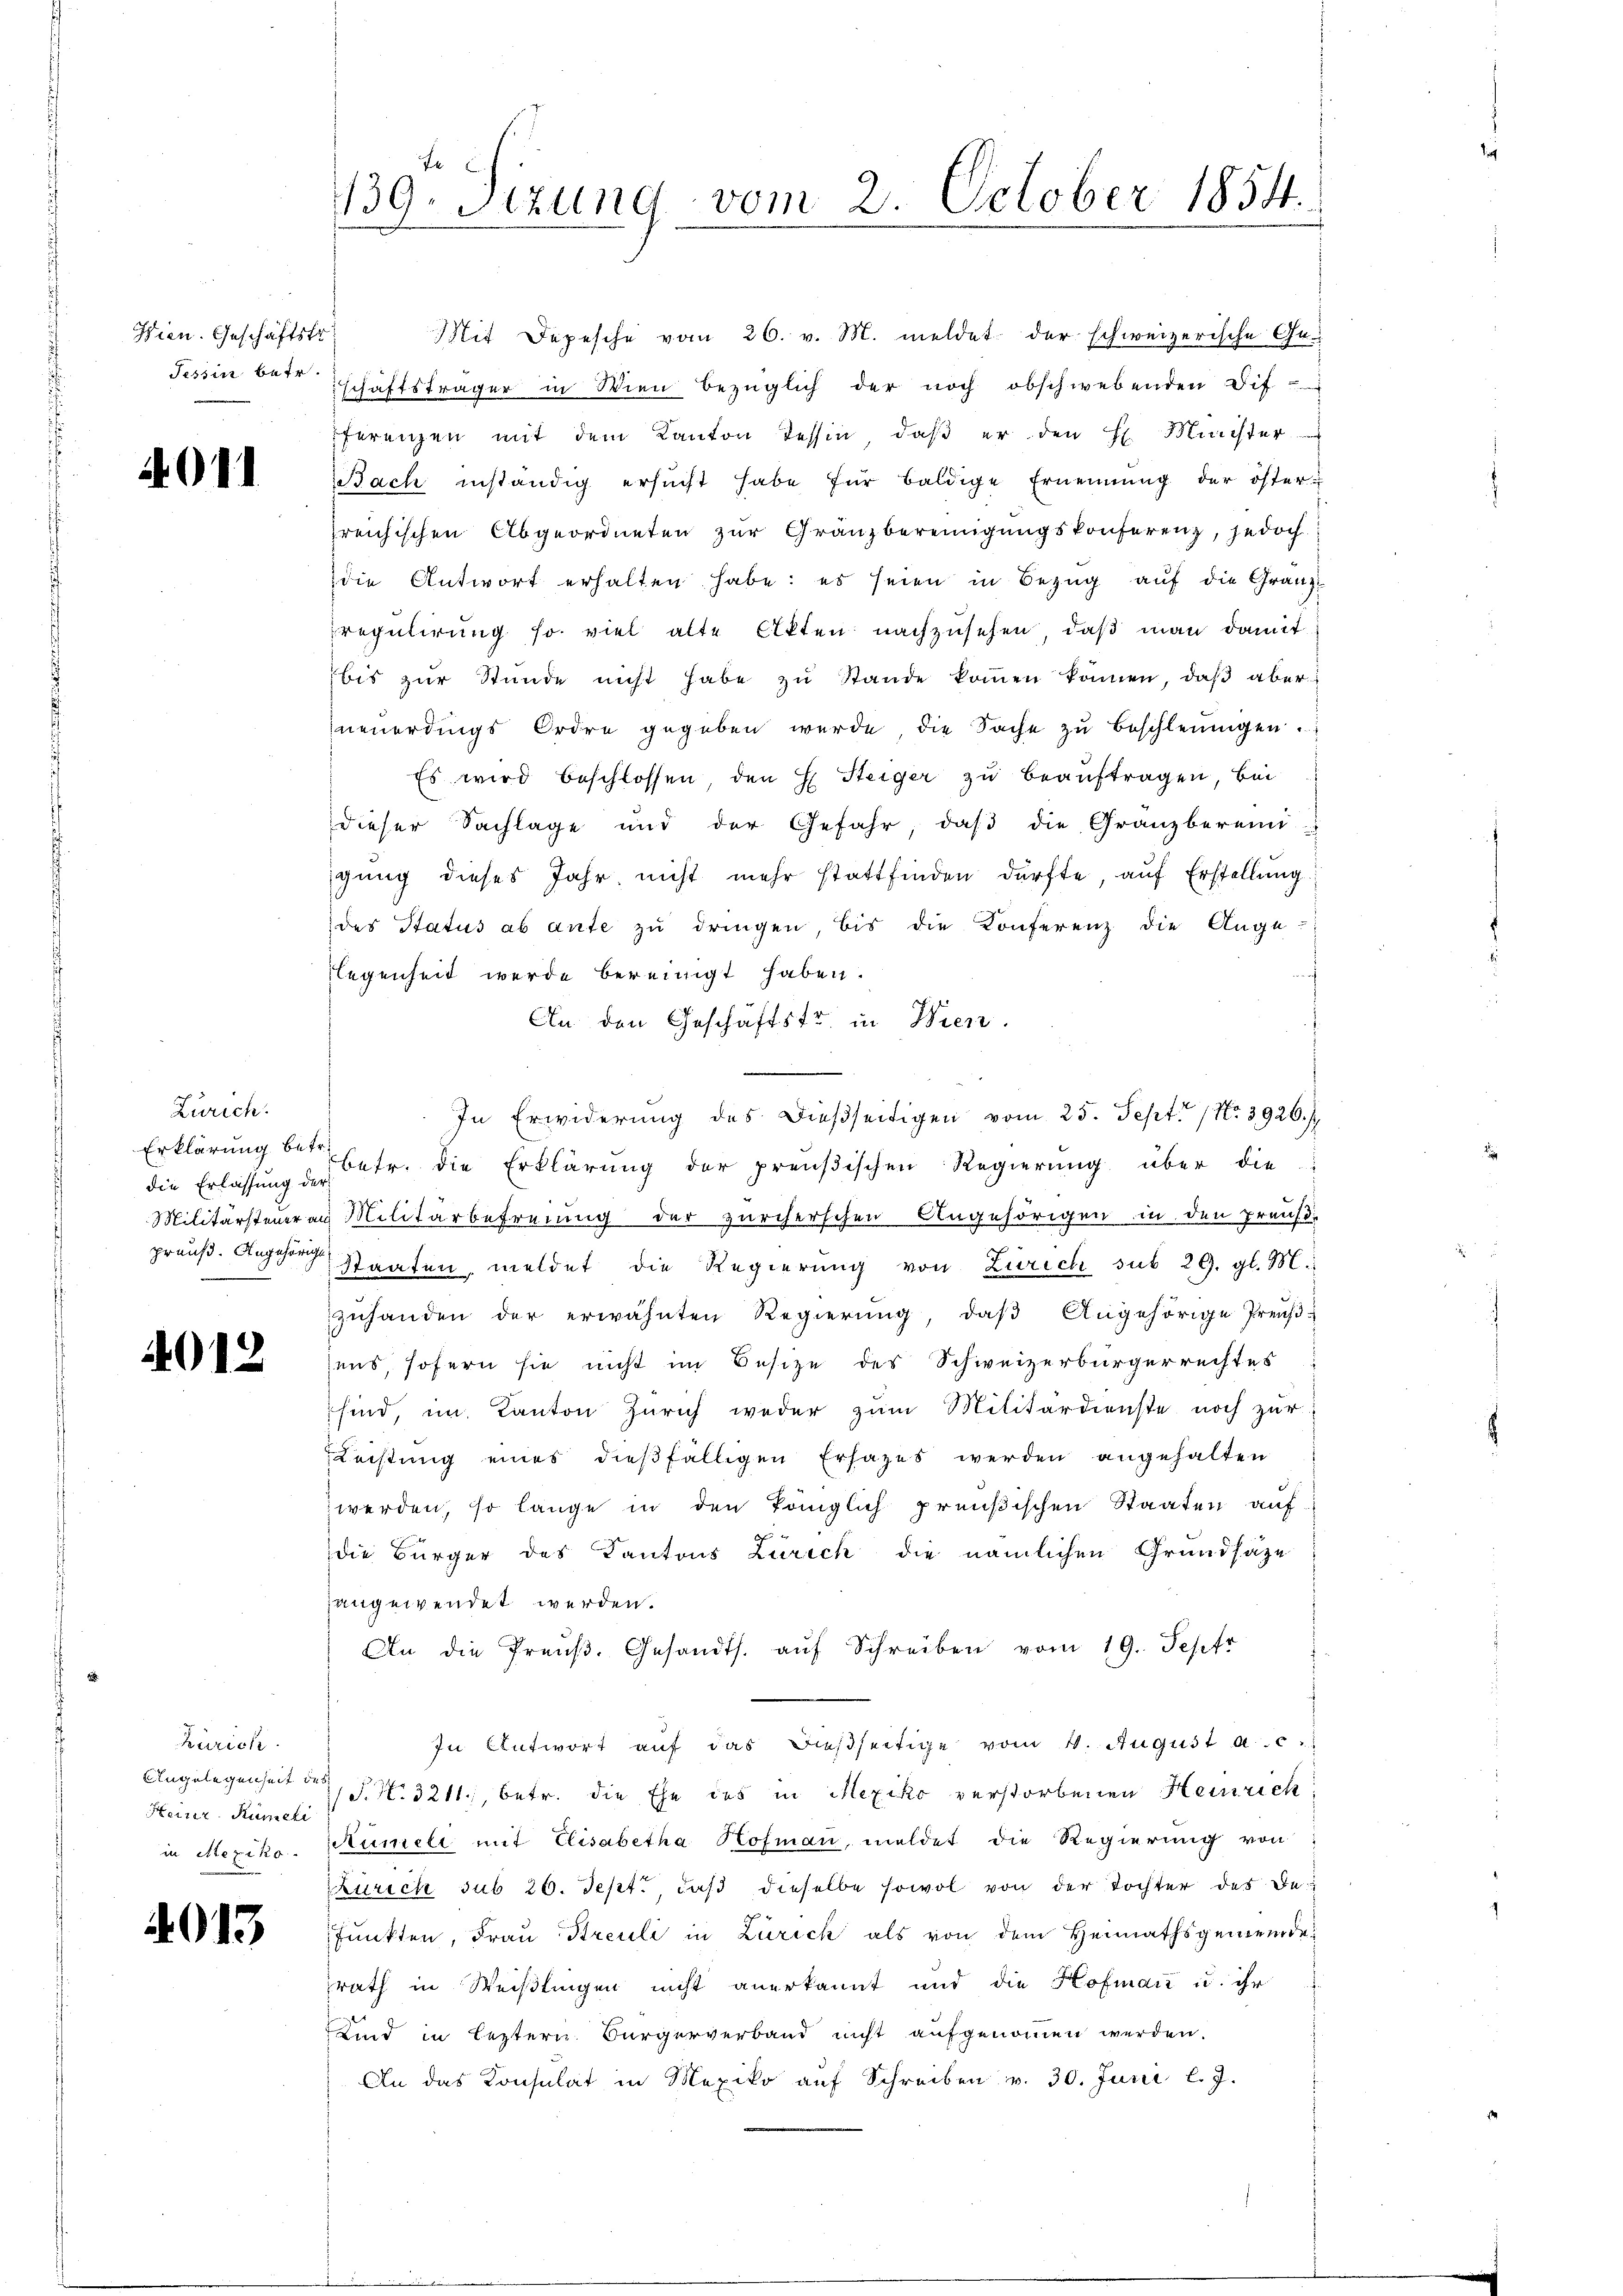
Wien. Geschäftstr
Tessin betr.

4011

Zürich.
die Erlassung der
preuß. Angehörige
3

4012

Zürich.
Heizer-Rümeli

013

Mit Depesche vom 26. v. M. meldet der schweizerische Ge-
schaftsträger in Wien bezüglich der noch obschwebenden Dif
ferenzen mit dem Kanton Tessin, daβ er den H. Minister
Bach inständig ersucht habe für baldige Ernennung der öster-
reichischen Abgeordneten zur Gränzbereinigungskonferenz, jedoch
die Antwort erhalten habe: es seien in Bezug auf die Gränzregulirung so viel alte Akten nachzusehen, daß man damit
bis zŭr Stŭnde nicht habe zŭ Stande koṁen können, daβ aber
neuerdings Ordre gegeben werde die Sache zŭ beschleunigen.
Es wird beschlossen, den H. Steiger zu beauftragen, bei
dieser Sachlage und der Gefahr, daβ die Granzbereini
gung dieses Jahr nicht mehr stattfinden dürfte, auf Erstellung
des Status ab ante zu dringen, bis die Konferenz die Auge-
legenheit werde bereinigt haben.
An den Geschäftstr. in Wien.
In Erwiderŭng des dießseitigen vom 25. Sept. 11. 3926./
Erklärung bei betr. die Erklärung der preußischen Regierung über die
Militärsteneral Militärbefreiung der zürcherschen Angehörigen in den preuß.
Staaten, meldet die Regierŭng von Zürich sub 29. gl. M.
zŭhanden der erwähnten Regierŭng, daβ Angehörige Preŭβ-
uns, sofern sie nicht im Besize des Schweizerbürgerrechtes
sind, im Kanton Zürich weder zŭm Militärdienste noch zŭr
Leistung eines dießfälligen Erhazes werden angehalten
 werden, so lange in den königlich preußischen Staaten auf
f
die Bürger des Kantons Zürich die nämlichen Grundsätze
angewendet werden.
An die Preŭβ. Gesandts. aŭf Schreiben vom 19. Septr
In Antwort auf das dießseitige vom 4. August a. c.
Angelegenheit der No 3211, betr. die Ehe des in Mexiko verstorbenen Heinrich
in Mexiko. Rümeli mit Elisabetha Hofmann, meldet die Regierung von
Zürich sub 26. Sept., daß dieselbe sowol von der Tochter des Be¬
Punkten, Frau Streuli in Zürich als von dem Heimathsgemeindesrath in Weißlingen nicht anerkannt und die Hofmann u. ihr
Kind in leztern Bürgerverband nicht aufgenommen werden.
An das Konsulat in Mexiko aŭf Schreiben v. 30. Juni l. J.

fe
139. Sizung vom 2. October 1854.